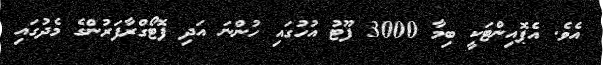
އެވެ. އެޕޮއިންޓަކީ ބިމާ 3000 ފޫޓު އުހުގައި ހުންނަ އަދި ފޮޓޯގްރާފަރުންގެ މެދުގައި